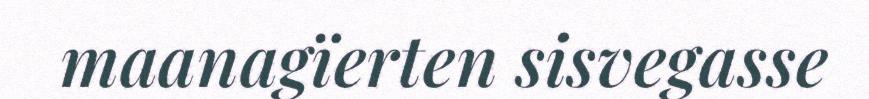
maanagïerten sisvegasse